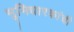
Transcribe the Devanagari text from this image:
भूमिधारकांची